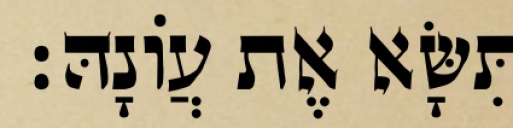
תִּשָּׂא אֶת עֲוֹנָהּ׃